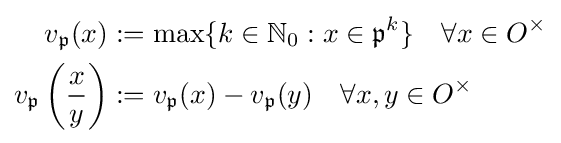
{\begin{aligned}v_{\mathfrak {p}}(x)&:=\max\{k\in \mathbb {N} _{0}:x\in {\mathfrak {p}}^{k}\}\quad \forall x\in O^{\times }\\v_{\mathfrak {p}}\left({\frac {x}{y}}\right)&:=v_{\mathfrak {p}}(x)-v_{\mathfrak {p}}(y)\quad \forall x,y\in O^{\times }\end{aligned}}